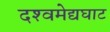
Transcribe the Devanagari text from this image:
दश्‍वमेद्यघाट